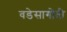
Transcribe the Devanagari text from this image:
वडेसागोती